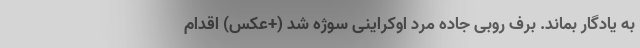
به یادگار بماند. برف روبی جاده مرد اوکراینی سوژه شد (+عکس) اقدام